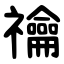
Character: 禴